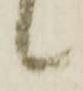
候